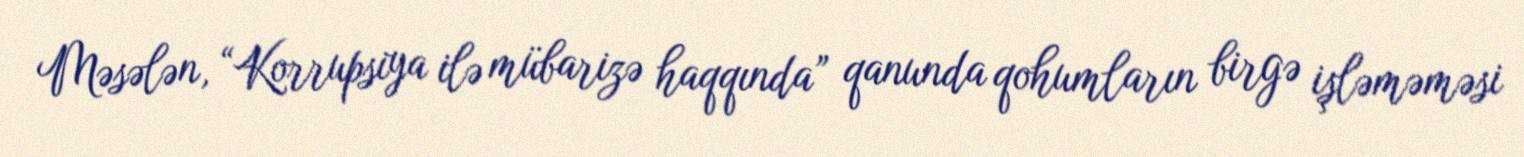
Məsələn, “Korrupsiya ilə mübarizə haqqında” qanunda qohumların birgə işləməməsi